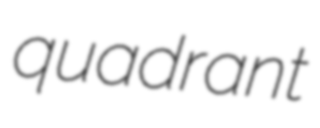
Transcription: quadrant